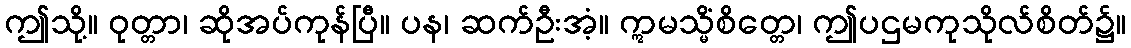
ဤသို့။ ဝုတ္တာ၊ ဆိုအပ်ကုန်ပြီ။ ပန၊ ဆက်ဦးအံ့။ ဣမသ္မိံစိတ္တေ၊ ဤပဌမကုသိုလ်စိတ်၌။